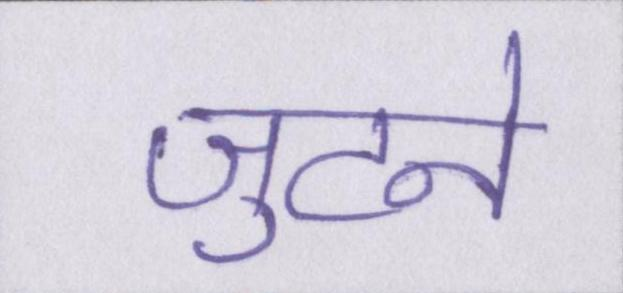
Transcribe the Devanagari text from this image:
जुटने